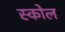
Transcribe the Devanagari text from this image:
स्कोल